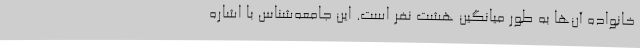
خانواده آن‌ها به طور میانگین هشت نفر است. این جامعه‌شناس با اشاره